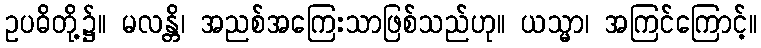
ဥပဓိတို့၌။ မလန္တိ၊ အညစ်အကြေးသာဖြစ်သည်ဟု။ ယသ္မာ၊ အကြင်ကြောင့်။